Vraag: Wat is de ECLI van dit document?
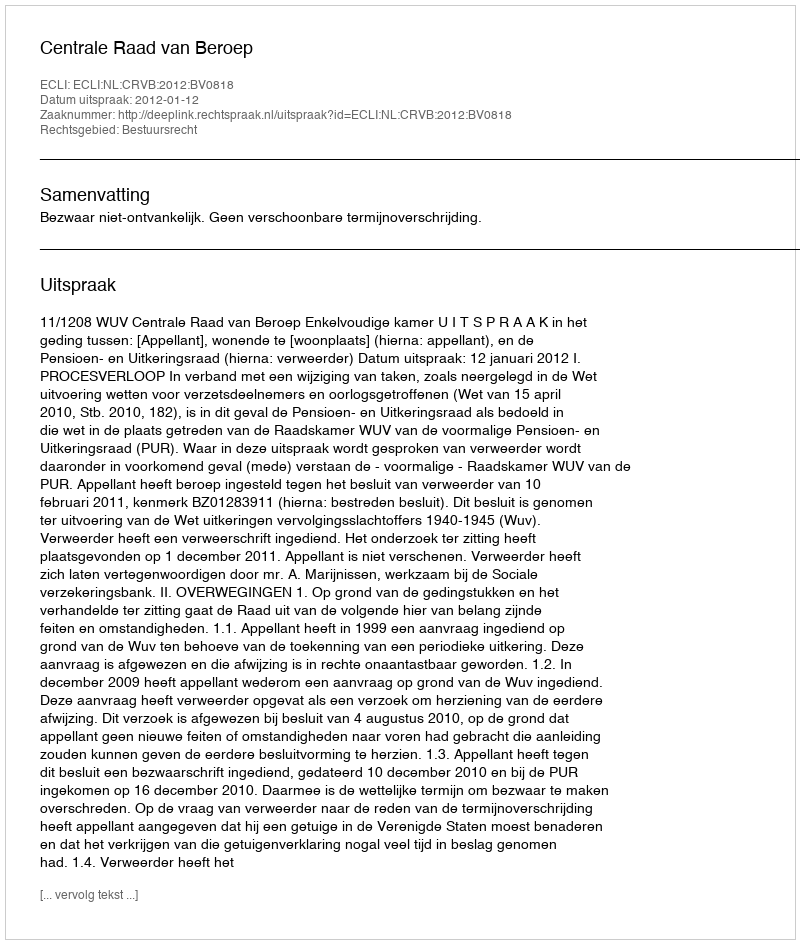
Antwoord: ECLI:NL:CRVB:2012:BV0818